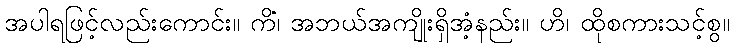
အပါရဖြင့်လည်းကောင်း။ ကိံ၊ အဘယ်အကျိုးရှိအံ့နည်း။ ဟိ၊ ထိုစကားသင့်စွ။